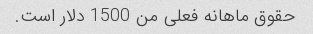
حقوق ماهانه فعلی من 1500 دلار است.